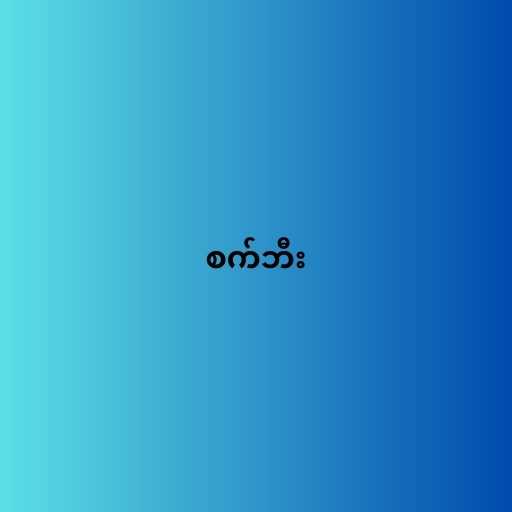
စက်ဘီး